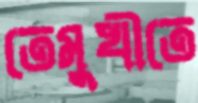
তেমুখীতে